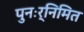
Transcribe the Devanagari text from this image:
पुनःर्निमित